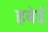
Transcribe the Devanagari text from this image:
हबेई